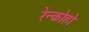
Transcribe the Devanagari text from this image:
रेन्कोहो